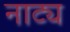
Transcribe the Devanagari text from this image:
नाट्य